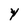
Character: Y